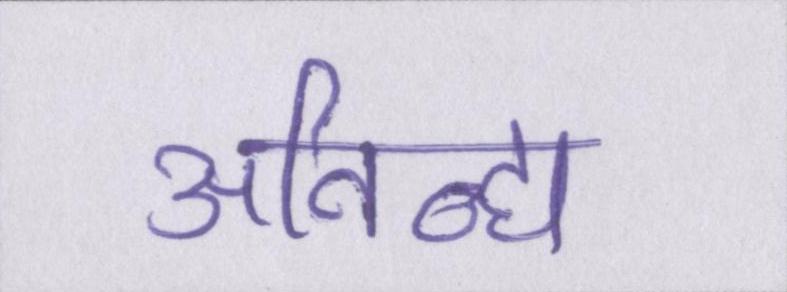
अनिन्द्य